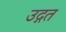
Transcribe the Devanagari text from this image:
उद्गत